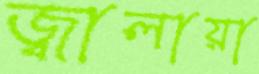
জ্বালায়া